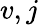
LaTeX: v,j